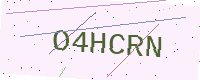
Text: O4HCRN